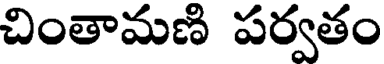
చింతామణి పర్వతం